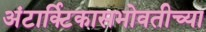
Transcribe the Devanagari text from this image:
अंटार्क्टिकासभोवतीच्या